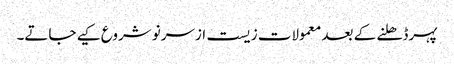
پہرڈھلنے کے بعد معمولات زیست ازسرنو شروع کیے جاتے۔